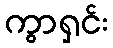
ကွာရှင်း